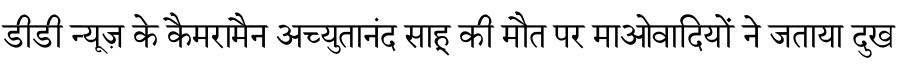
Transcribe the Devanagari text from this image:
डीडी न्यूज़ के कैमरामैन अच्युतानंद साहू की मौत पर माओवादियों ने जताया दुख